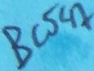
Text: BC547